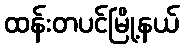
ထန်းတပင်မြို့နယ်